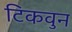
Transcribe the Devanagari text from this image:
टिकवुन